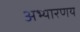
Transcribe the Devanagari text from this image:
अभ्‍यारणय